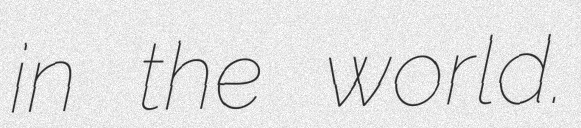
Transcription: in the world.